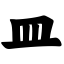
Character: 皿